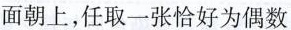
面朝上，任取一张恰好为偶数